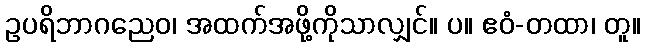
ဥပရိဘာဂညေဝ၊ အထက်အဖို့ကိုသာလျှင်။ ပ။ ဧဝံ-တထာ၊ တူ။